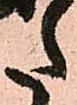
た